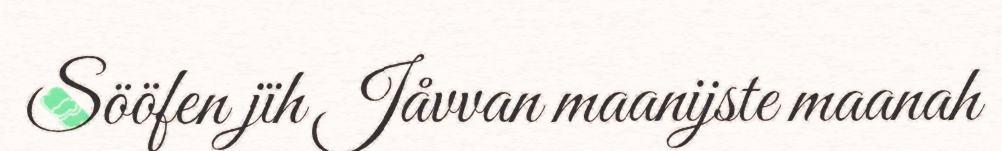
Sööfen jïh Jåvvan maanijste maanah